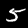
Digit: 5